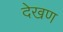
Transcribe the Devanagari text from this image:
देखण